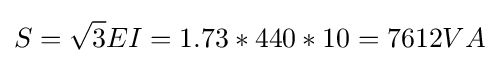
S={\sqrt {3}}EI=1.73*440*10=7612VA